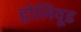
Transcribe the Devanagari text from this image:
होलिवूड